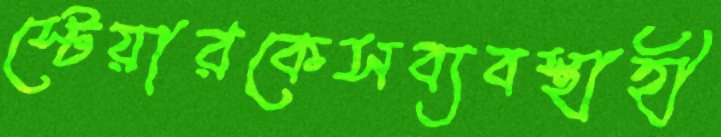
স্টেয়ারকেসব্যবস্থাহী